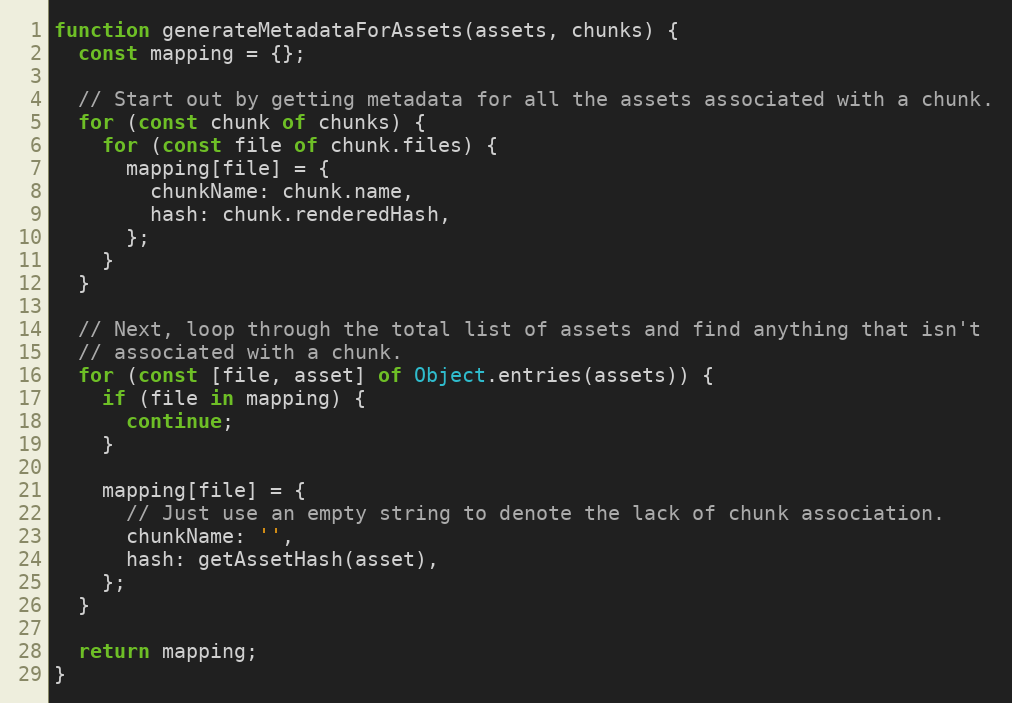
Language: JavaScript
function generateMetadataForAssets(assets, chunks) {
  const mapping = {};

  // Start out by getting metadata for all the assets associated with a chunk.
  for (const chunk of chunks) {
    for (const file of chunk.files) {
      mapping[file] = {
        chunkName: chunk.name,
        hash: chunk.renderedHash,
      };
    }
  }

  // Next, loop through the total list of assets and find anything that isn't
  // associated with a chunk.
  for (const [file, asset] of Object.entries(assets)) {
    if (file in mapping) {
      continue;
    }

    mapping[file] = {
      // Just use an empty string to denote the lack of chunk association.
      chunkName: '',
      hash: getAssetHash(asset),
    };
  }

  return mapping;
}